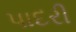
પાદરી